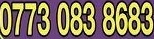
0773 083 8683